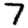
Digit: 7